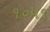
૧૦૫૧